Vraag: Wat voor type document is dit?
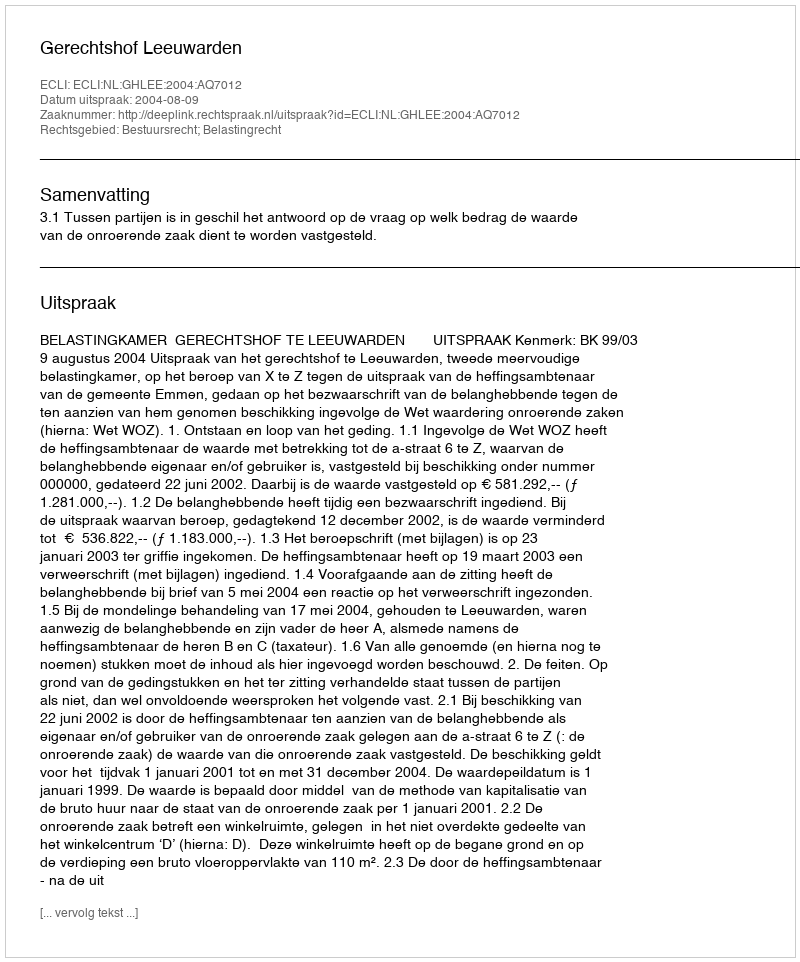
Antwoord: Uitspraak